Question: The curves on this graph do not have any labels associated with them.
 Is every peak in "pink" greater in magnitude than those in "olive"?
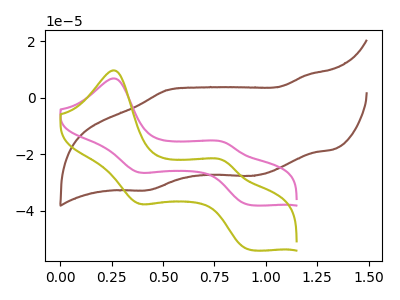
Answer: <think>The brown curve "brown" has anodic peaks at (1.20V, 8.00uA) (0.50V, 2.70uA) and cathodic peaks at (0.95V, -27.60uA) (0.40V, -32.65uA). The pink curve "pink" has anodic peaks at (0.25V, 6.80uA) (0.80V, -15.70uA) and cathodic peaks at (0.40V, -26.25uA) (0.90V, -37.85uA). The olive curve "olive" has anodic peaks at (0.25V, 9.65uA) (0.80V, -22.30uA) and cathodic peaks at (0.40V, -37.25uA) (0.90V, -53.65uA).</think>
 <answer>The peaks in "pink" are neither all higher or all lower than the peaks in "olive".</answer>
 <eval>mixed</eval>